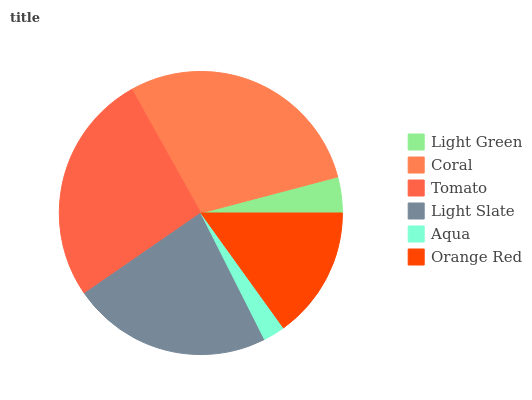
| Light Green | Coral | Tomato | Light Slate | Aqua | Orange Red |
 | --- | --- | --- | --- | --- | --- |
 | 4.11% | 29% | 26.6% | 22.8% | 2.5% | 15.1% |